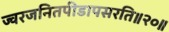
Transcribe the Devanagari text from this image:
ज्वरजनितपीडापसरति॥२०॥